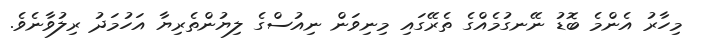
މިހާރު އެންމެ ބޮޑު ނޭނގުމެއްގެ ތެރޭގައި މިނިވަން ނިއުސްގެ ލިޔުންތެރިޔާ އަހުމަދު ރިލުވާނެވެ.